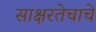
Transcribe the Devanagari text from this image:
साक्षरतेचाचे